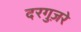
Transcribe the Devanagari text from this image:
दरगुज़रे